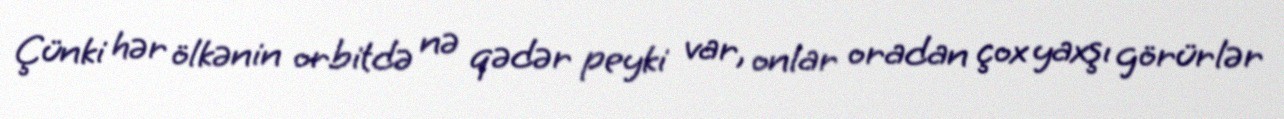
Çünki hər ölkənin orbitdə nə qədər peyki var, onlar oradan çox yaxşı görürlər